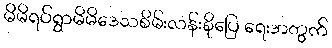
မိမိရပ်ရွာမိမိဒေသစိမ်းလန်းစိုပြေ ရေးအတွက်